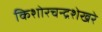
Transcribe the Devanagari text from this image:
किशोरचन्द्रशेखरे